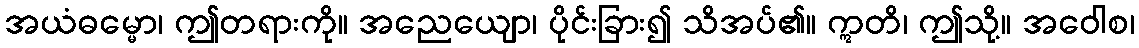
အယံဓမ္မော၊ ဤတရားကို။ အညေယျော၊ ပိုင်းခြား၍ သိအပ်၏။ ဣတိ၊ ဤသို့။ အဝေါစ၊